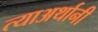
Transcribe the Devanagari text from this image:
त्याअर्थानी